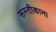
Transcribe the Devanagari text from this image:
रूस्तीकाना